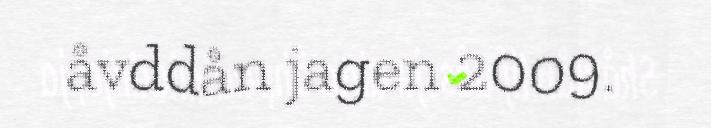
åvddån jagen 2009.